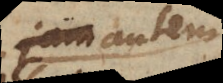
si autem